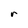
Character: r